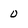
Character: 0